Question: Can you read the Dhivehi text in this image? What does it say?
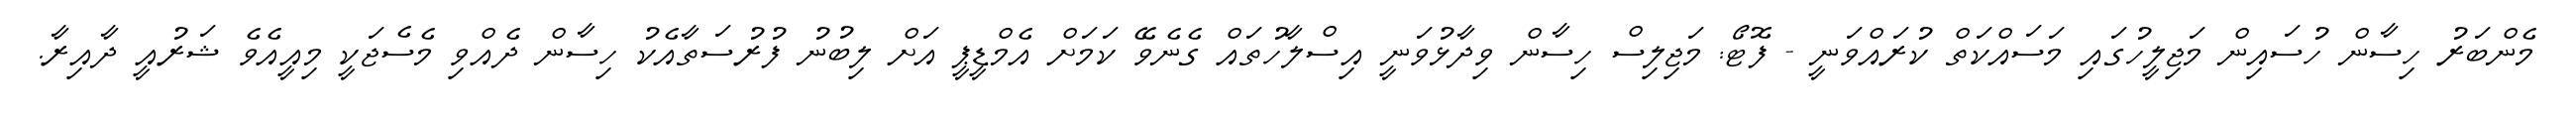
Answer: މެންބަރު ހިސާން ހުސައިން މަޖިލީހުގައި މަސައްކަތް ކުރައްވަނީ - ފޮޓޯ: މަޖިލިސް ހިސާން ވިދާޅުވަނީ އިސްލާހުތައް ގެނެވޭ ކަމަށް އެމްޑީޕީ އަށް ލިބުނު ފުރުސަތާއެކު ހިސާން ދެއްވި މެސެޖަކީ މިއީއެވެ ޝަރުއީ ދާއިރާ.